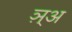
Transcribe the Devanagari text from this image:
ञ़्अ